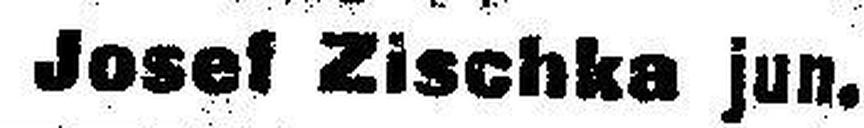
Josef Zischka jun.